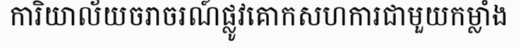
ការិយាល័យចរាចរណ៍ផ្លូវគោកសហការជាមួយកម្លាំង